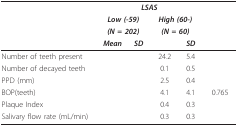
<table><thead><tr><td>[EMPTY_CELL]</td><td colspan="4"><b><i>LSAS</i></b></td><td>[EMPTY_CELL]</td></tr><tr><td>[EMPTY_CELL]</td><td colspan="2"><b><i>Low (-59)</i></b></td><td colspan="2"><b><i>High (60-)</i></b></td><td>[EMPTY_CELL]</td></tr><tr><td>[EMPTY_CELL]</td><td colspan="2"><b><i>(N = 202)</i></b></td><td colspan="2"><b><i>(N = 60)</i></b></td><td>[EMPTY_CELL]</td></tr><tr><td>[EMPTY_CELL]</td><td><b><i>Mean</i></b></td><td><b><i>SD</i></b></td><td>[EMPTY_CELL]</td><td><b><i>SD</i></b></td><td>[EMPTY_CELL]</td></tr></thead><tbody><tr><td>Number of teeth present</td><td>[EMPTY_CELL]</td><td>[EMPTY_CELL]</td><td>24.2</td><td>5.4</td><td>[EMPTY_CELL]</td></tr><tr><td>Number of decayed teeth</td><td>[EMPTY_CELL]</td><td>[EMPTY_CELL]</td><td>0.1</td><td>0.5</td><td>[EMPTY_CELL]</td></tr><tr><td>PPD (mm)</td><td>[EMPTY_CELL]</td><td>[EMPTY_CELL]</td><td>2.5</td><td>0.4</td><td>[EMPTY_CELL]</td></tr><tr><td>BOP(teeth)</td><td>[EMPTY_CELL]</td><td>[EMPTY_CELL]</td><td>4.1</td><td>4.1</td><td>0.765</td></tr><tr><td>Plaque Index</td><td>[EMPTY_CELL]</td><td>[EMPTY_CELL]</td><td>0.4</td><td>0.3</td><td>[EMPTY_CELL]</td></tr><tr><td>Salivary flow rate (mL/min)</td><td>[EMPTY_CELL]</td><td>[EMPTY_CELL]</td><td>0.3</td><td>0.3</td><td>[EMPTY_CELL]</td></tr></tbody></table>